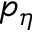
p _ { \eta }